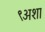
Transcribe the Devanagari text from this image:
९अशा